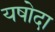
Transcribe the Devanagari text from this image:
यषोदा